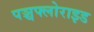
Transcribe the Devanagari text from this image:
पञ्चफ्लोराइड